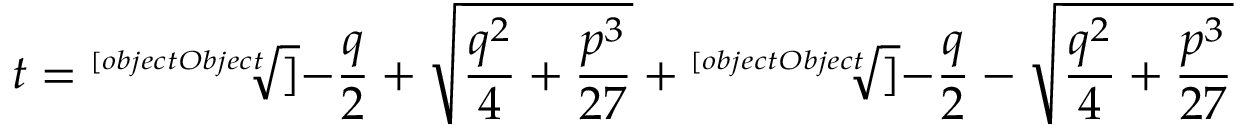
t = { \sqrt [ [object Object] ] { - { \frac { q } { 2 } } + { \sqrt { { \frac { q ^ { 2 } } { 4 } } + { \frac { p ^ { 3 } } { 2 7 } } } } } } + { \sqrt [ [object Object] ] { - { \frac { q } { 2 } } - { \sqrt { { \frac { q ^ { 2 } } { 4 } } + { \frac { p ^ { 3 } } { 2 7 } } } } } }